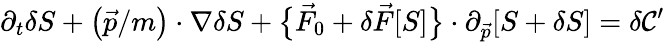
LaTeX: \partial_{t}\delta S+\big(\vec{p}/m\big)\cdot\nabla\delta S+\big\{ \vec{F}_{0}+\delta\vec{F}[S]\big\} \cdot\partial_{\vec{p}}[S+\delta S]=\delta\mathcal{C}^{\prime}